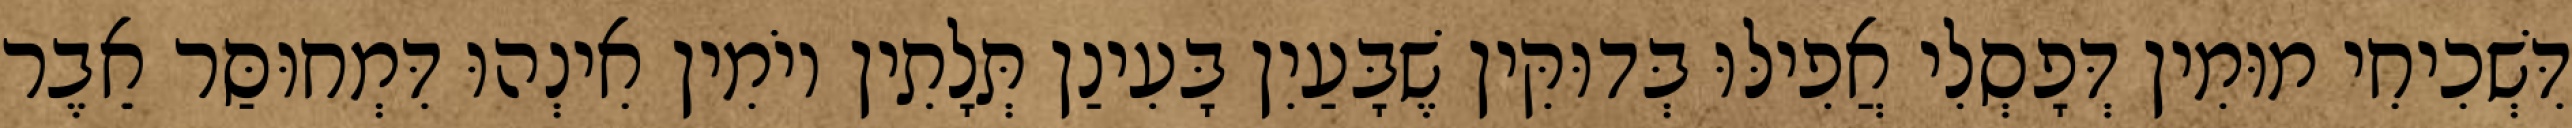
דִּשְׁכִיחִי מוּמִין דְּפָסְלִי אֲפִילּוּ בְּדוּקִּין שֶׁבָּעַיִן בָּעִינַן תְּלָתִין יוֹמִין אִינְהוּ דִּמְחוּסַּר אֵבֶר